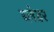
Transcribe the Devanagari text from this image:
ब्लेडर